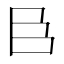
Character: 𮍌